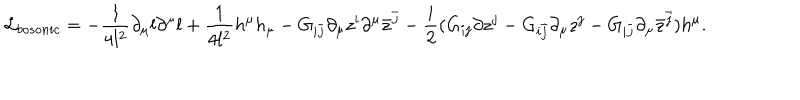
{ \cal L } _ { b o s o n i c } = - \frac { 1 } { 4 l ^ { 2 } } \partial _ { \mu } l \partial ^ { \mu } l + \frac { 1 } { 4 l ^ { 2 } } h ^ { \mu } h _ { \mu } - G _ { i { \bar { j } } } \partial _ { \mu } z ^ { i } \partial ^ { \mu } { \bar { z } } ^ { \bar { j } } - \frac { i } { 2 } ( G _ { i j } \partial z ^ { j } - G _ { i { \bar { j } } } \partial _ { \mu } z ^ { j } - G _ { i { \bar { j } } } \partial _ { \mu } { \bar { z } } ^ { \bar { j } } ) h ^ { \mu } .